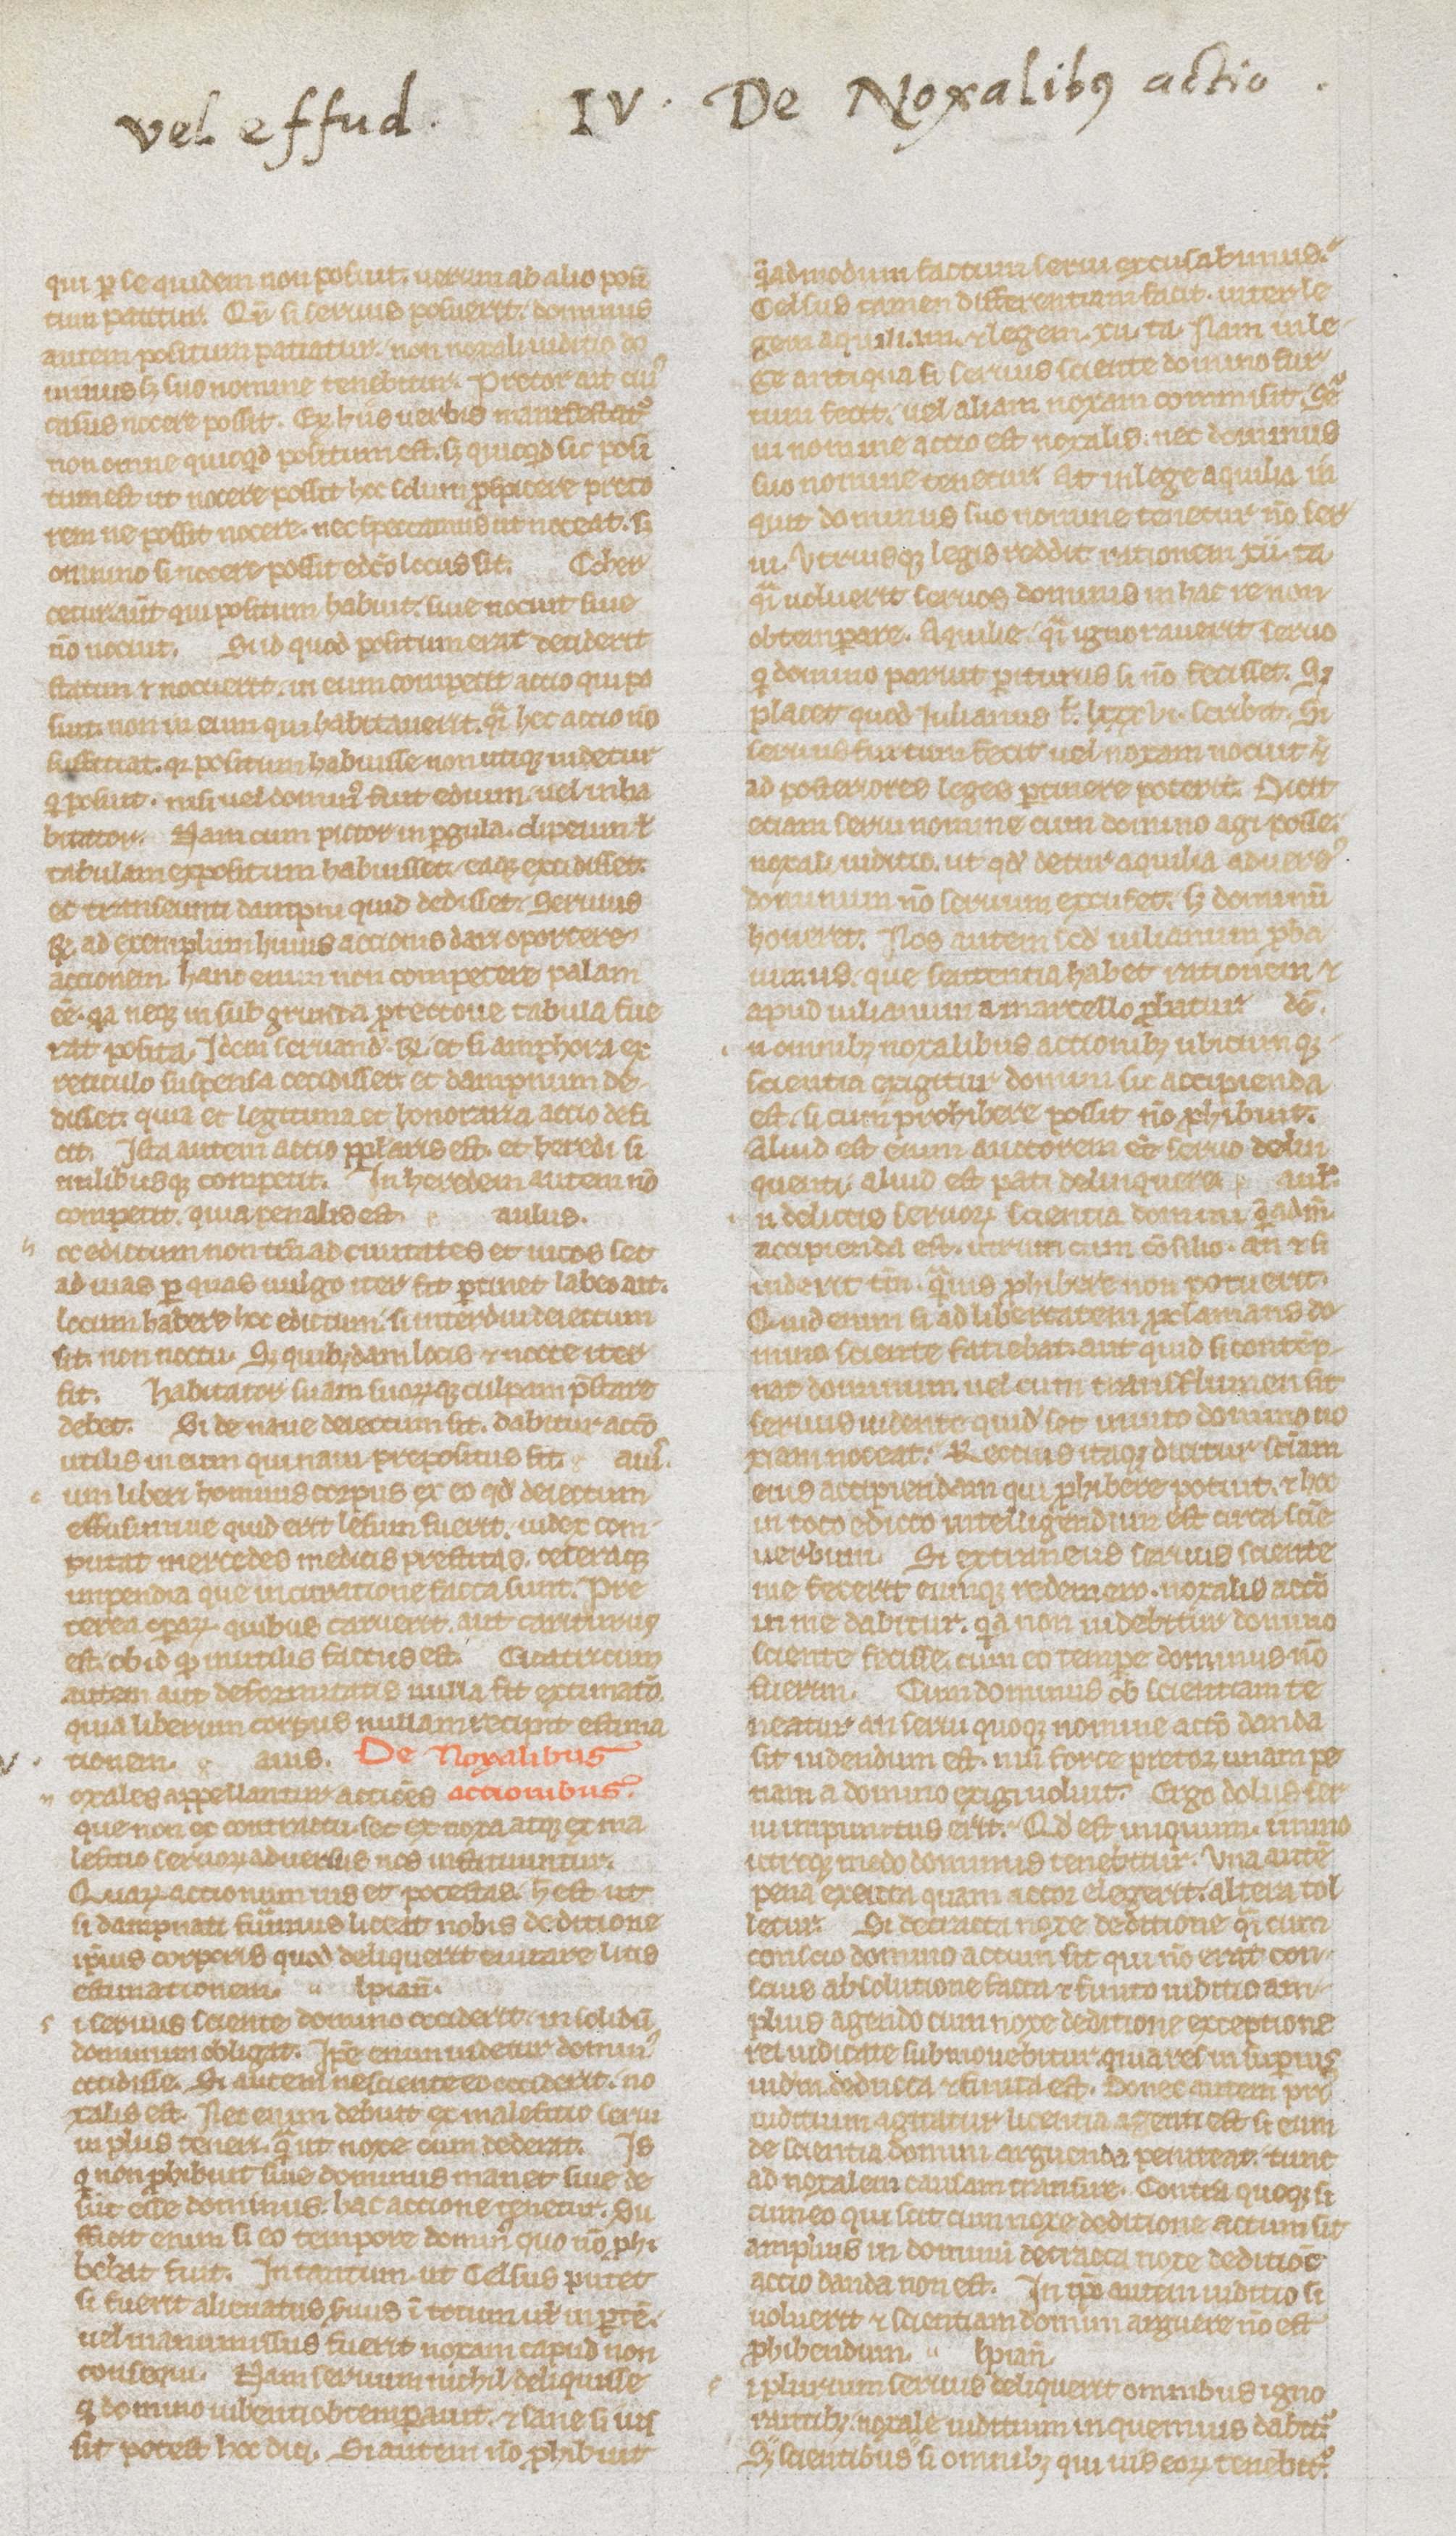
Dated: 1235–1265